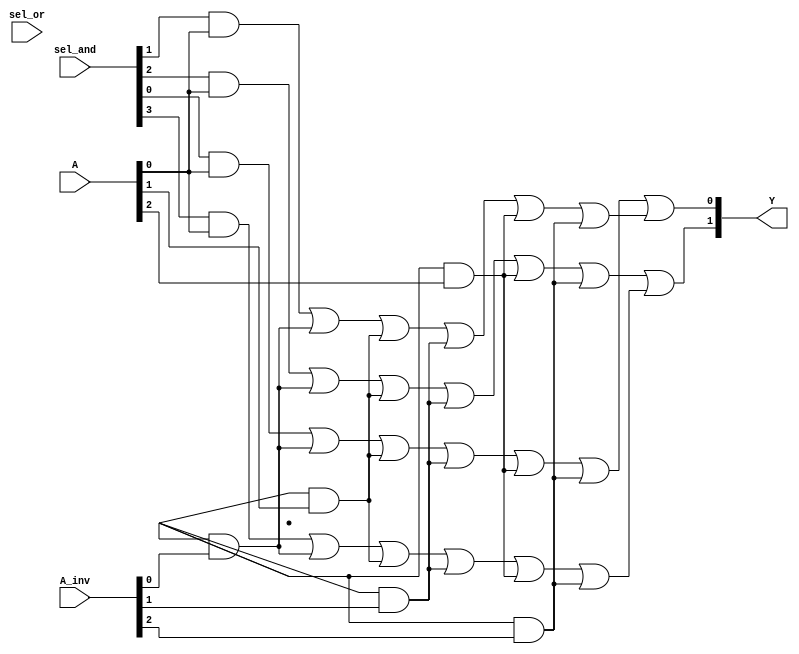
module PLA (
    input wire [N-1:0] A,    // Input lines (e.g., A, B, C, ...)
    input wire [N-1:0] A_inv, // Inverted inputs (e.g., A_inv, B_inv, C_inv, ...)
    input wire [M-1:0] sel_and, // Select lines for AND gates
    input wire [P-1:0] sel_or,  // Select lines for OR gates
    output wire [O-1:0] Y       // Output lines (e.g., Y1, Y2, ...)
);

parameter N = 3; // Number of inputs
parameter M = 4; // Number of AND gates
parameter P = 2; // Number of OR gates
parameter O = 2; // Number of outputs

// Product Terms (AND gate outputs)
wire [M-1:0] P_terms;

// AND gate array
generate
    genvar i, j;
    for (i = 0; i < M; i = i + 1) begin : and_gates
        assign P_terms[i] = (sel_and[i] & A[0]) | (sel_and[i+M] & A_inv[0]) // Example for 2 inputs
                            | (sel_and[i+2*M] & A[1]) | (sel_and[i+3*M] & A_inv[1])
                            | (sel_and[i+4*M] & A[2]) | (sel_and[i+5*M] & A_inv[2]);
    end
endgenerate

// Final outputs (OR gate outputs)
wire [P-1:0] Y_terms;

assign Y_terms[0] = P_terms[0] | P_terms[1]; // Example OR configuration for output Y1
assign Y_terms[1] = P_terms[2] | P_terms[3]; // Example OR configuration for output Y2

// Output assignments
assign Y = Y_terms;

endmodule